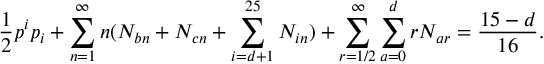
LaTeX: \frac { 1 } { 2 } p ^ { i } p _ { i } + \sum _ { n = 1 } ^ { \infty } n ( N _ { b n } + N _ { c n } + \sum _ { i = d + 1 } ^ { 2 5 } N _ { i n } ) + \sum _ { r = 1 / 2 } ^ { \infty } \sum _ { a = 0 } ^ { d } r N _ { a r } = { \frac { 1 5 - d } { 1 6 } } .